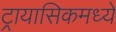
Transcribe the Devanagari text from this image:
ट्रायासिकमध्ये